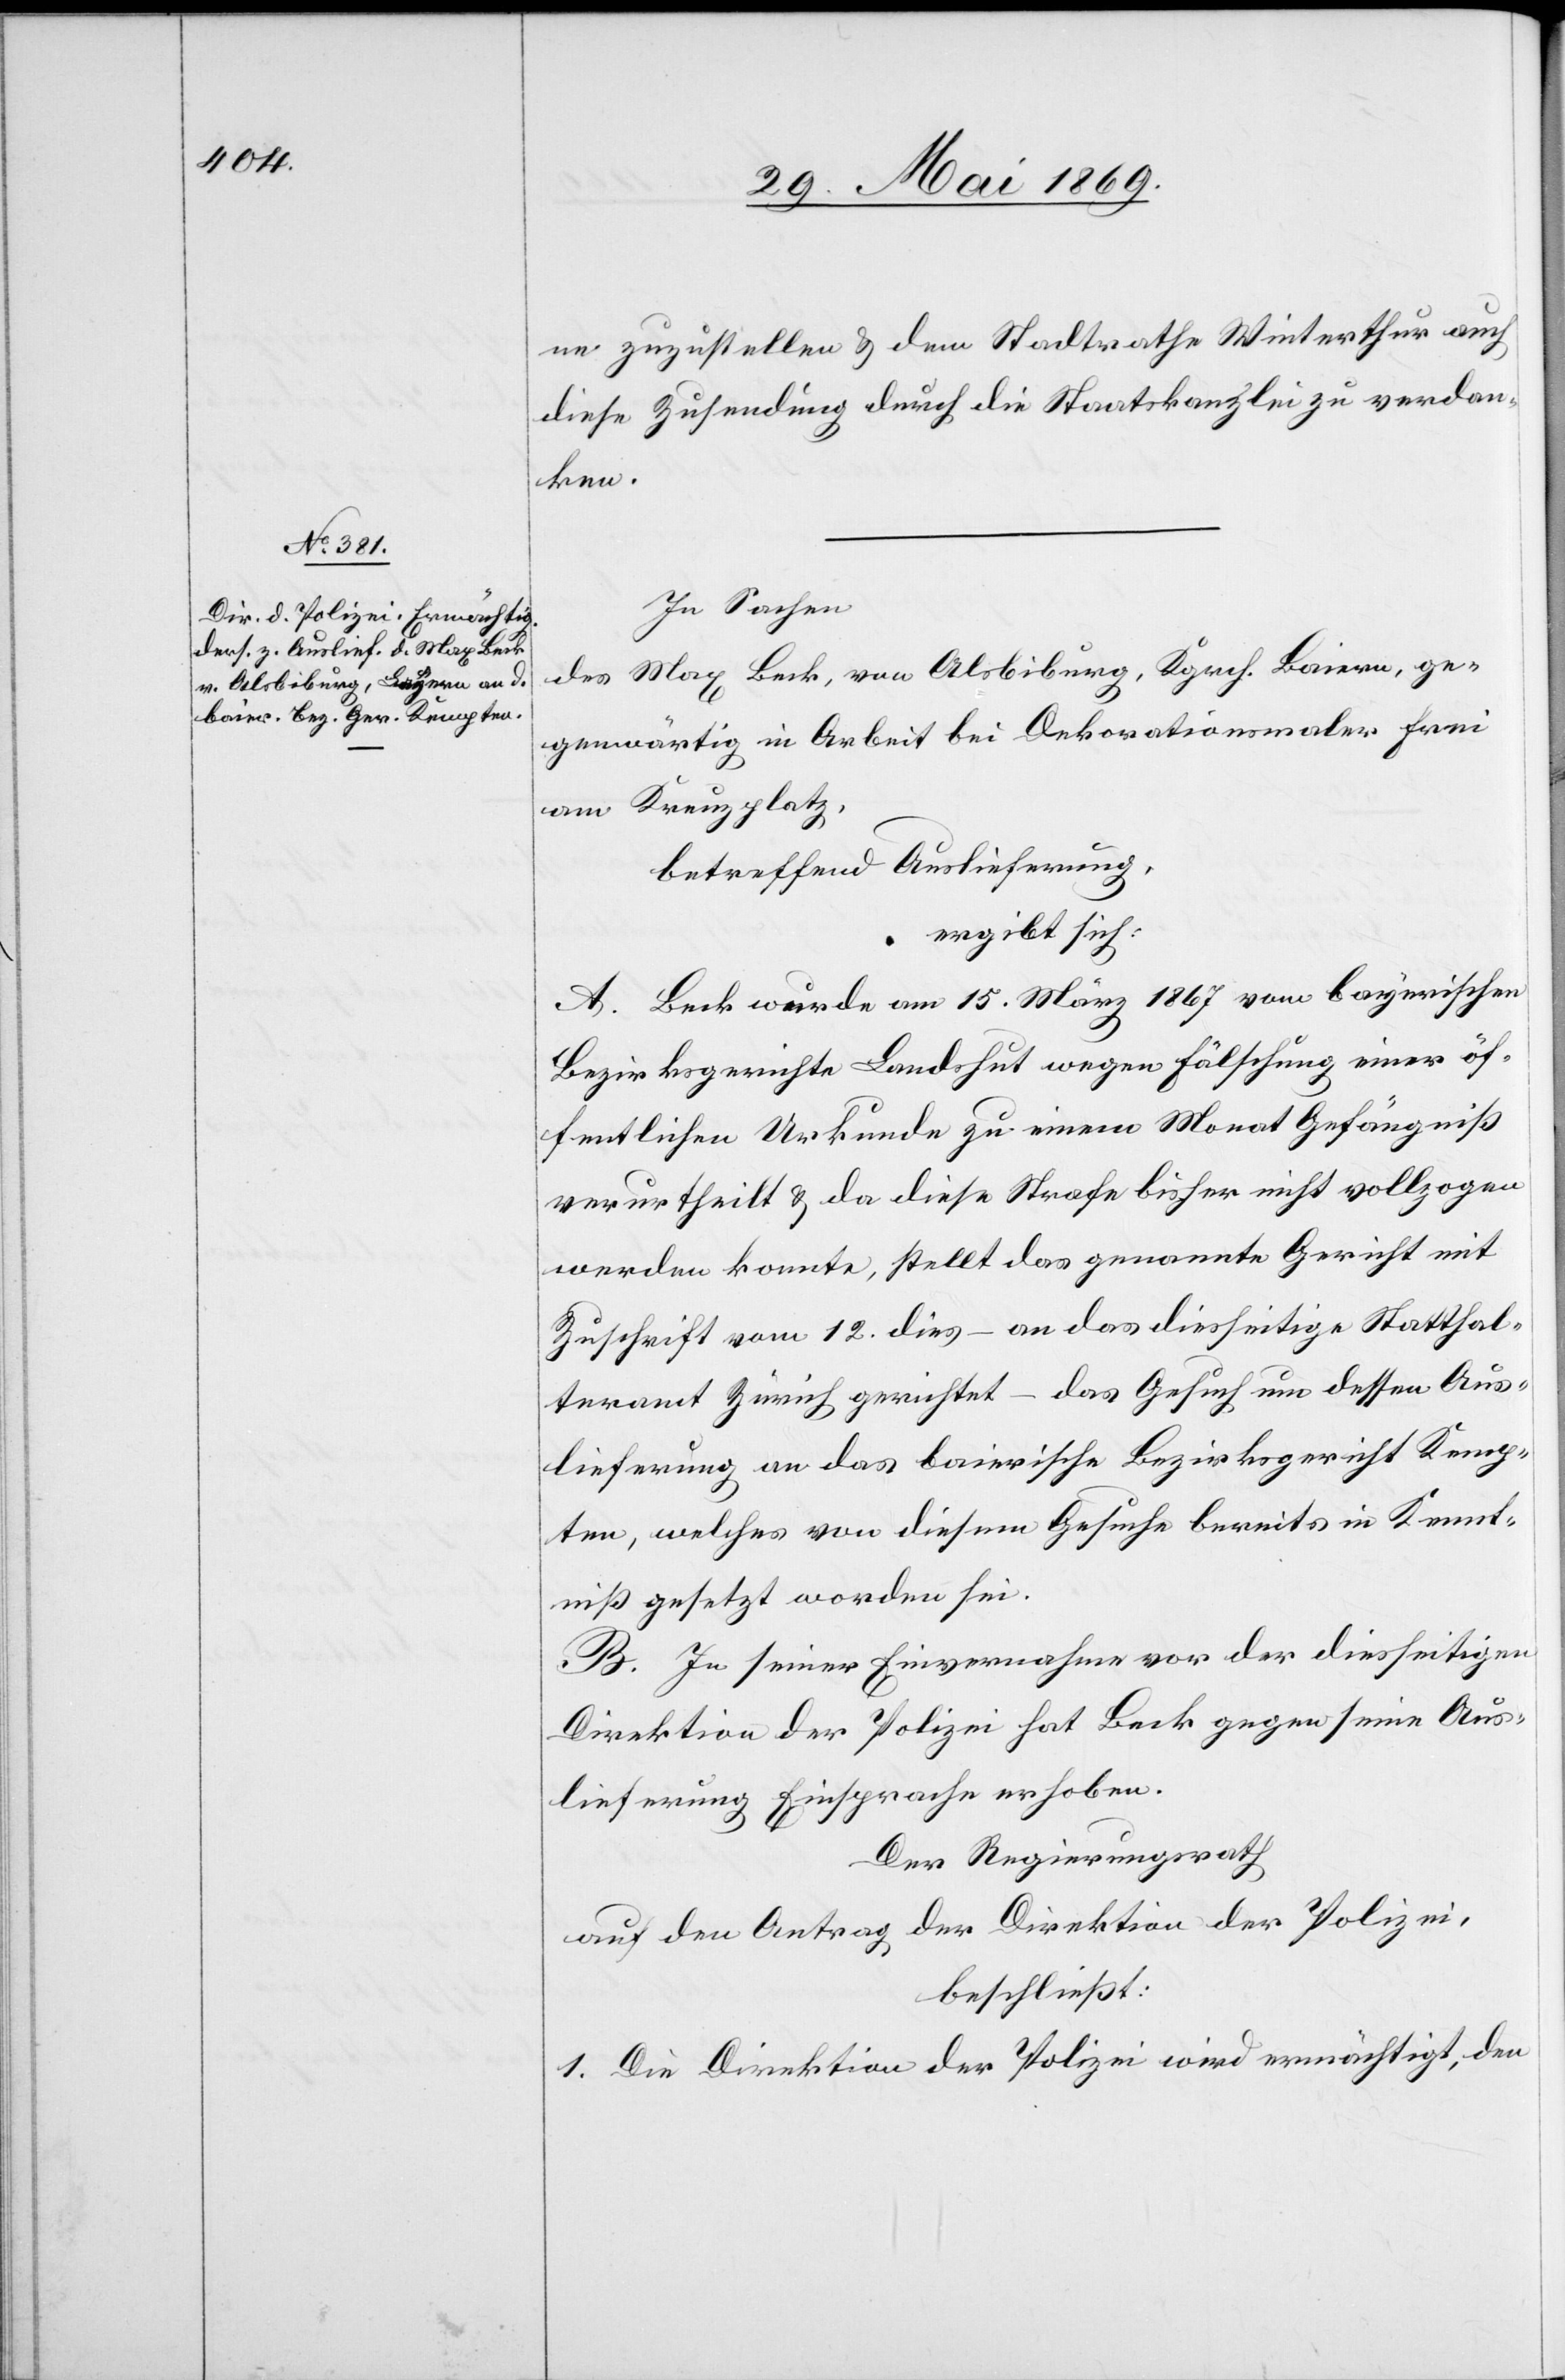
ne zuzustellen u. dem Stadtrathe Winterthur auch
diese Zusendung durch die Staatskanzlei zu verdan¬
ken.
In Sachen
des Max Beck, von Alsbiburg, Kgrch. Baiern, ge¬
genwärtig in Arbeit bei Dekorationsmaler Frei
am Kreuzplatz,
betreffend Auslieferung,
ergibt sich:
A. Beck wurde am 15 März 1867 vom bayerischen
Bezirksgerichte Landshut wegen Fälschung einer öf¬
fentlichen Urkunde zu einem Monat Gefängniß
verurtheilt u. da diese Strafe bisher nicht vollzogen
werden konnte, stellt das genannte Gericht mit
Zuschrift vom 12 dies – an das diesseitige Statthal¬
teramt Zürich gerichtet – das Gesuch um dessen Aus¬
lieferung an das baierische Bezirksgericht Kemp¬
ten, welches von diesem Gesuche bereits in Kennt¬
niß gesetzt worden sei.
B. In seiner Einvernahme vor der diesseitigen
Direktion der Polizei hat Beck gegen seine Aus¬
lieferung Einsprache erhoben.
Der Regierungsrath
auf den Antrag der Direktion der Polizei,
beschließt:
1. Die Direktion der Polizei wird ermächtigt, den